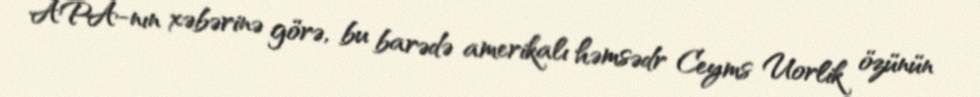
APA-nın xəbərinə görə, bu barədə amerikalı həmsədr Ceyms Uorlik özünün